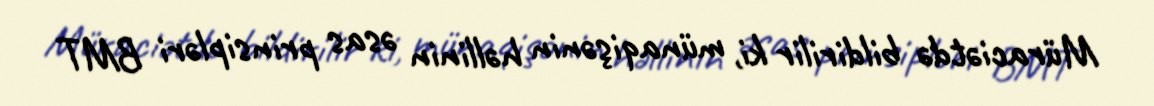
Müraciətdə bildirilir ki, münaqişənin həllinin əsas prinsipləri BMT